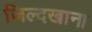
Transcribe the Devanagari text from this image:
जिल्दखाना